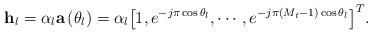
LaTeX: \begin{align*} {{\bf{h}}_l} = {\alpha _l}{\bf{a}}\left( {{\theta _l}} \right) = {\alpha _l}{\left[ {1,{e^{ - j\pi \cos {\theta _l}}}, \cdots ,{e^{ - j\pi \left( {{M_t} - 1} \right)\cos {\theta _l}}}} \right]^T}. \end{align*}